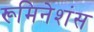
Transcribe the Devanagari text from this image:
रूमिनेशंस